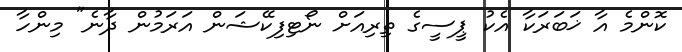
ކޮންމެ އާ ޚަބަރަކާ އެކު ޕީސީގެ ތިރިއަށް ނޯޓިފިކޭޝަން އަރަމުން ދާނެ" މިންހާ